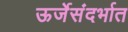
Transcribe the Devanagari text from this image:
ऊर्जेसंदर्भात